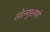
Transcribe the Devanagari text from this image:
सोल्युशनने